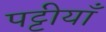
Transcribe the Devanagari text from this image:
पट्टीयाँ